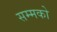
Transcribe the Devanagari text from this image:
सम्मको